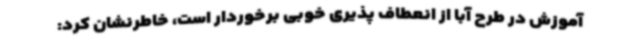
آموزش در طرح آبا از انعطاف پذیری خوبی برخوردار است، خاطرنشان کرد: